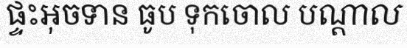
ផ្ទះអុចទាន ធូប ទុកចោល បណ្តាល